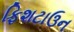
ફિશટાઉન